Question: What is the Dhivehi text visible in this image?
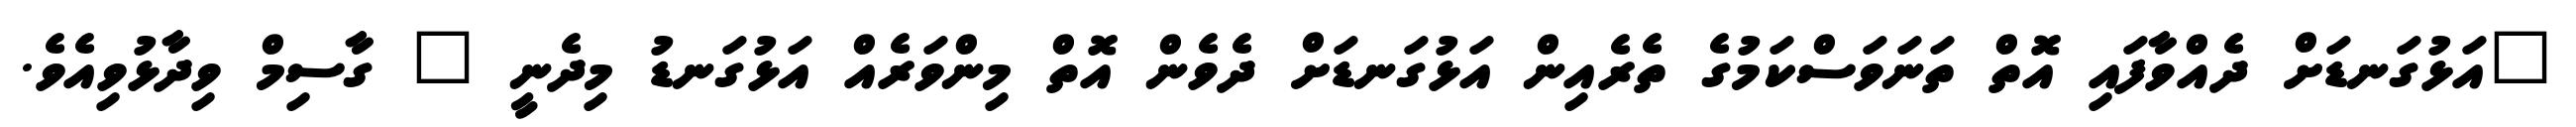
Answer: "އަޅުގަނޑަށް ދެއްވާފައި އޮތް ތަނަވަސްކަމުގެ ތެރެއިން އަޅުގަނޑަށް ދެވެން އޮތް މިންވަރެއް އަޅުގަނޑު މިދެނީ " ގާސިމް ވިދާޅުވިއެވެ.